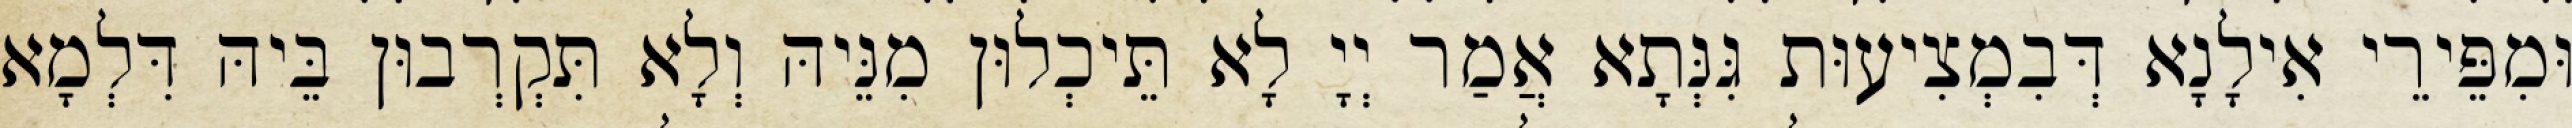
וּמִפֵּירֵי אִילָנָא דְּבִמְצִיעוּת גִּנְּתָא אֲמַר יְיָ לָא תֵּיכְלוּן מִנֵּיהּ וְלָא תִּקְרְבוּן בֵּיהּ דִּלְמָא